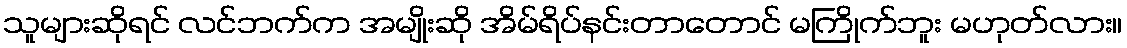
သူများဆိုရင် လင်ဘက်က အမျိုးဆို အိမ်ရိပ်နင်းတာတောင် မကြိုက်ဘူး မဟုတ်လား။